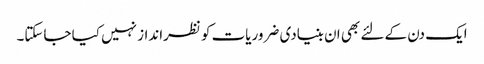
ایک دن کے لئے بھی ان بنیادی ضروریات کو نظرانداز نہیں کیا جاسکتا۔